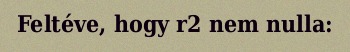
Feltéve, hogy r2 nem nulla: